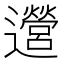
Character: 𫑔